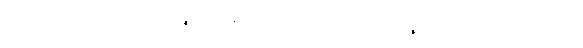
တစ်ပေါင်းတည်းပြု၍။ ဝိညာဏဉ္စာယတနံသမတိက္ကမ္မာတိဣဒံ၊ ဝိညာဏဉ္စာယတနံသမတိက္ကမ္မဟူသော